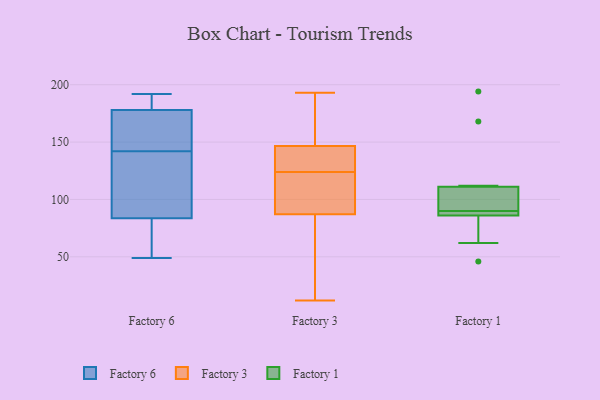
{"axis": {"x": "Demand Index", "y": "Value"}, "legend": ["Factory 1", "Factory 3", "Factory 6"], "data": [{"x": "", "y": 167, "type": "Factory 6"}, {"x": "", "y": 178, "type": "Factory 6"}, {"x": "", "y": 178, "type": "Factory 6"}, {"x": "", "y": 145, "type": "Factory 6"}, {"x": "", "y": 65, "type": "Factory 6"}, {"x": "", "y": 70, "type": "Factory 6"}, {"x": "", "y": 120, "type": "Factory 6"}, {"x": "", "y": 184, "type": "Factory 6"}, {"x": "", "y": 192, "type": "Factory 6"}, {"x": "", "y": 49, "type": "Factory 6"}, {"x": "", "y": 142, "type": "Factory 6"}, {"x": "", "y": 88, "type": "Factory 6"}, {"x": "", "y": 103, "type": "Factory 6"}, {"x": "", "y": 167, "type": "Factory 3"}, {"x": "", "y": 170, "type": "Factory 3"}, {"x": "", "y": 128, "type": "Factory 3"}, {"x": "", "y": 71, "type": "Factory 3"}, {"x": "", "y": 94, "type": "Factory 3"}, {"x": "", "y": 120, "type": "Factory 3"}, {"x": "", "y": 81, "type": "Factory 3"}, {"x": "", "y": 111, "type": "Factory 3"}, {"x": "", "y": 145, "type": "Factory 3"}, {"x": "", "y": 139, "type": "Factory 3"}, {"x": "", "y": 193, "type": "Factory 3"}, {"x": "", "y": 139, "type": "Factory 3"}, {"x": "", "y": 33, "type": "Factory 3"}, {"x": "", "y": 12, "type": "Factory 3"}, {"x": "", "y": 93, "type": "Factory 3"}, {"x": "", "y": 148, "type": "Factory 3"}, {"x": "", "y": 69, "type": "Factory 1"}, {"x": "", "y": 88, "type": "Factory 1"}, {"x": "", "y": 100, "type": "Factory 1"}, {"x": "", "y": 86, "type": "Factory 1"}, {"x": "", "y": 46, "type": "Factory 1"}, {"x": "", "y": 194, "type": "Factory 1"}, {"x": "", "y": 88, "type": "Factory 1"}, {"x": "", "y": 90, "type": "Factory 1"}, {"x": "", "y": 112, "type": "Factory 1"}, {"x": "", "y": 62, "type": "Factory 1"}, {"x": "", "y": 90, "type": "Factory 1"}, {"x": "", "y": 168, "type": "Factory 1"}, {"x": "", "y": 91, "type": "Factory 1"}, {"x": "", "y": 111, "type": "Factory 1"}]}